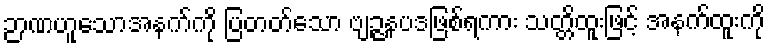
ဉာဏဟူသောအနက်ကို ပြတတ်သော ဗျဉ္ဇနပဒဖြစ်ရကား သတ္တိထူးဖြင့် အနက်ထူးကို